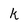
Character: k